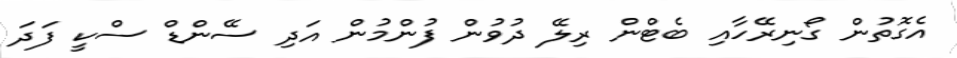
އެގޮތުން ގޯނިރޭހާއި ބެޓްން ރިލޭ ދުވުން ފުންމުން އަދި ސޭންޑް ސްކީ ފަދަ